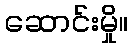
ဆောင်းမှို။